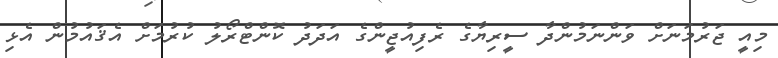
މިއީ ޖަރުމަނަށް ވަންނަމުންދާ ސީރިޔާގެ ރެފިއުޖީންގެ އަދަދު ކޮންޓްރޯލު ކުރުމަށް އެޤައުމުން އެޅި